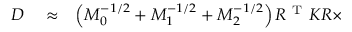
\begin{array} { r l r } { D } & { { } \approx } & { \left( M _ { 0 } ^ { - 1 / 2 } + M _ { 1 } ^ { - 1 / 2 } + M _ { 2 } ^ { - 1 / 2 } \right) R ^ { \mathrm { ~ T ~ } } K R \times } \end{array}